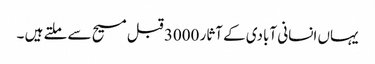
یہاں انسانی آبادی کے آثار 3000 قبل مسیح سے ملتے ہیں ۔